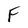
Character: F